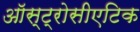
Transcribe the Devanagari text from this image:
ऑस्ट्रोसीएटिक